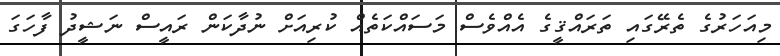
މިއަހަރުގެ ތެރޭގައި ތަރައްޤީގެ އެއްވެސް މަސައްކަތެއް ކުރިއަށް ނުދާކަން ރައީސް ނަޝީދު ފާހަގަ